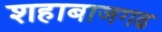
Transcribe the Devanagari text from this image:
शहाबाजगढ